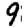
Digit: 9